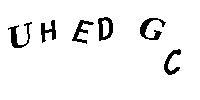
UHEDGC